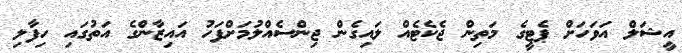
އީޝަލް އަވަހަށް ޕެޓީގެ މަތިން ޖެކެޓެއް ލައިގެން ޖިންސެއްލުމަށްފަހު އައިޒާންގެ އަތުގައި ހިފާލި